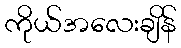
ကိုယ်အလေးချိန်